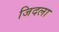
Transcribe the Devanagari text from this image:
जिदला